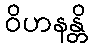
ဝိဟနန္တိ